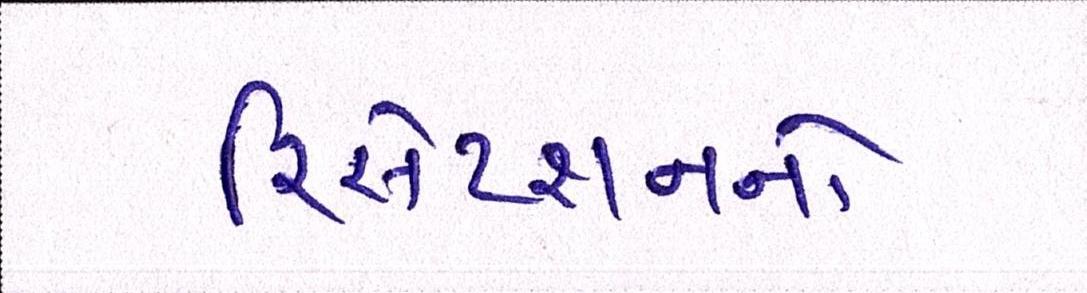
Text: રિસેપ્શનનો